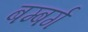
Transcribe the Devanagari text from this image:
बम्बर्ग